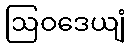
ဩဝဒေယျံ